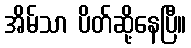
အိမ်သာ ပိတ်ဆို့နေပြီ။